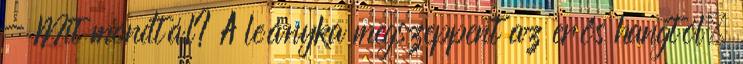
- Mit mondtál? A leányka megszeppent az erős hangtól.